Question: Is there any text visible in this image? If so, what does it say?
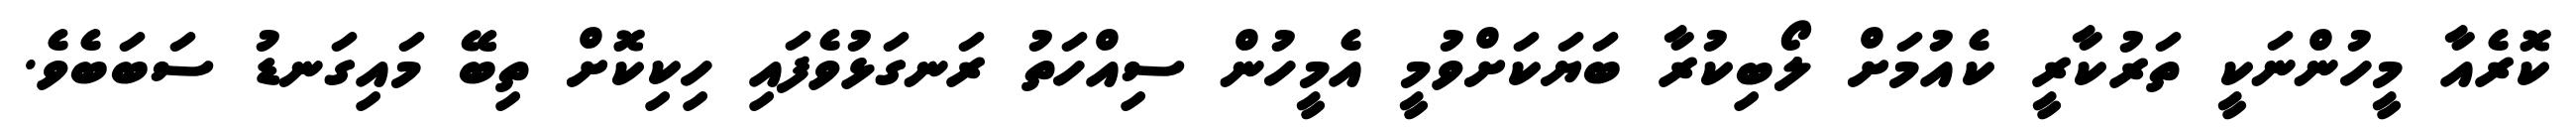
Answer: ކޮރެއާ މީހުންނަކީ ތަރުކާރީ ކެއުމަށް ލޯބިކުރާ ބަޔަކަށްވުމީ އެމީހުން ސިއްހަތު ރަނގަޅުވެފައި ހިކިކޮށް ތިބޭ މައިގަނޑު ސަބަބެވެ.